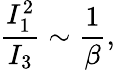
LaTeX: \frac{I_{1}^{2}}{I_{3}}\sim\frac{1}{\beta},